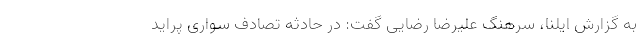
به گزارش ایلنا، سرهنگ علیرضا رضایی گفت: در حادثه تصادف سواری پراید